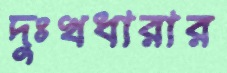
দুঃখধারার